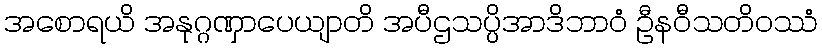
အစောရယိ အနုဂ္ဂဏှာပေယျာတိ အပီဌသပ္ပိအာဒိဘာဝံ ဦနဝီသတိဝဿံ